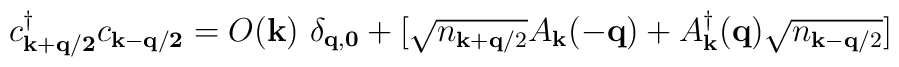
c^{\dagger}_{ {\bf{k+q/2}} }c_{ {\bf{k-q/2}} } =  O({\bf{k}})\mbox{  }\delta_{ {\bf{q}}, {\bf{0}} } +[\sqrt{n_{ {\bf{k}} + {\bf{q}}/2 }}A_{ {\bf{k}} }(-{\bf{q}}) + A^{\dagger}_{ {\bf{k}} }({\bf{q}})\sqrt{n_{ {\bf{k}} - {\bf{q}}/2 }}]